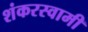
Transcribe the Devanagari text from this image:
शंकरस्वामी